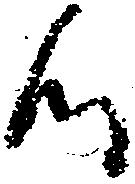
候